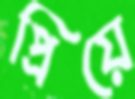
প্রিয়ে